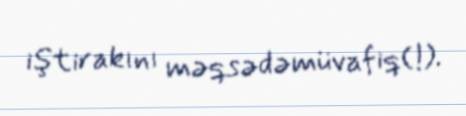
iştirakını məqsədəmüvafiq(!).